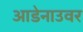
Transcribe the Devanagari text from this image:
आडेनाउवर